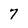
Character: 7